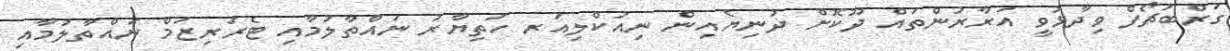
ގަރްބަޗޯފް ވިދާޅުވީ އަރާރުންތައް ދޫކޮށް ދުނިޔެއިން ނިއުކްލިއަރ ހަތިޔާރު ނައްތާލުމާއި ޓެރަރިޒަމް ނައްތާލުމާއި